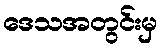
ဒေသအတွင်းမှ